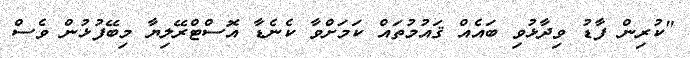
"ކުރިން ފާޑު ވިދާޅުވި ބައެއް ޤައުމުތައް ކަމަށްވާ ކެނެޑާ އޮސްޓްރޭލިޔާ މިބޭފުޅުން ވެސް